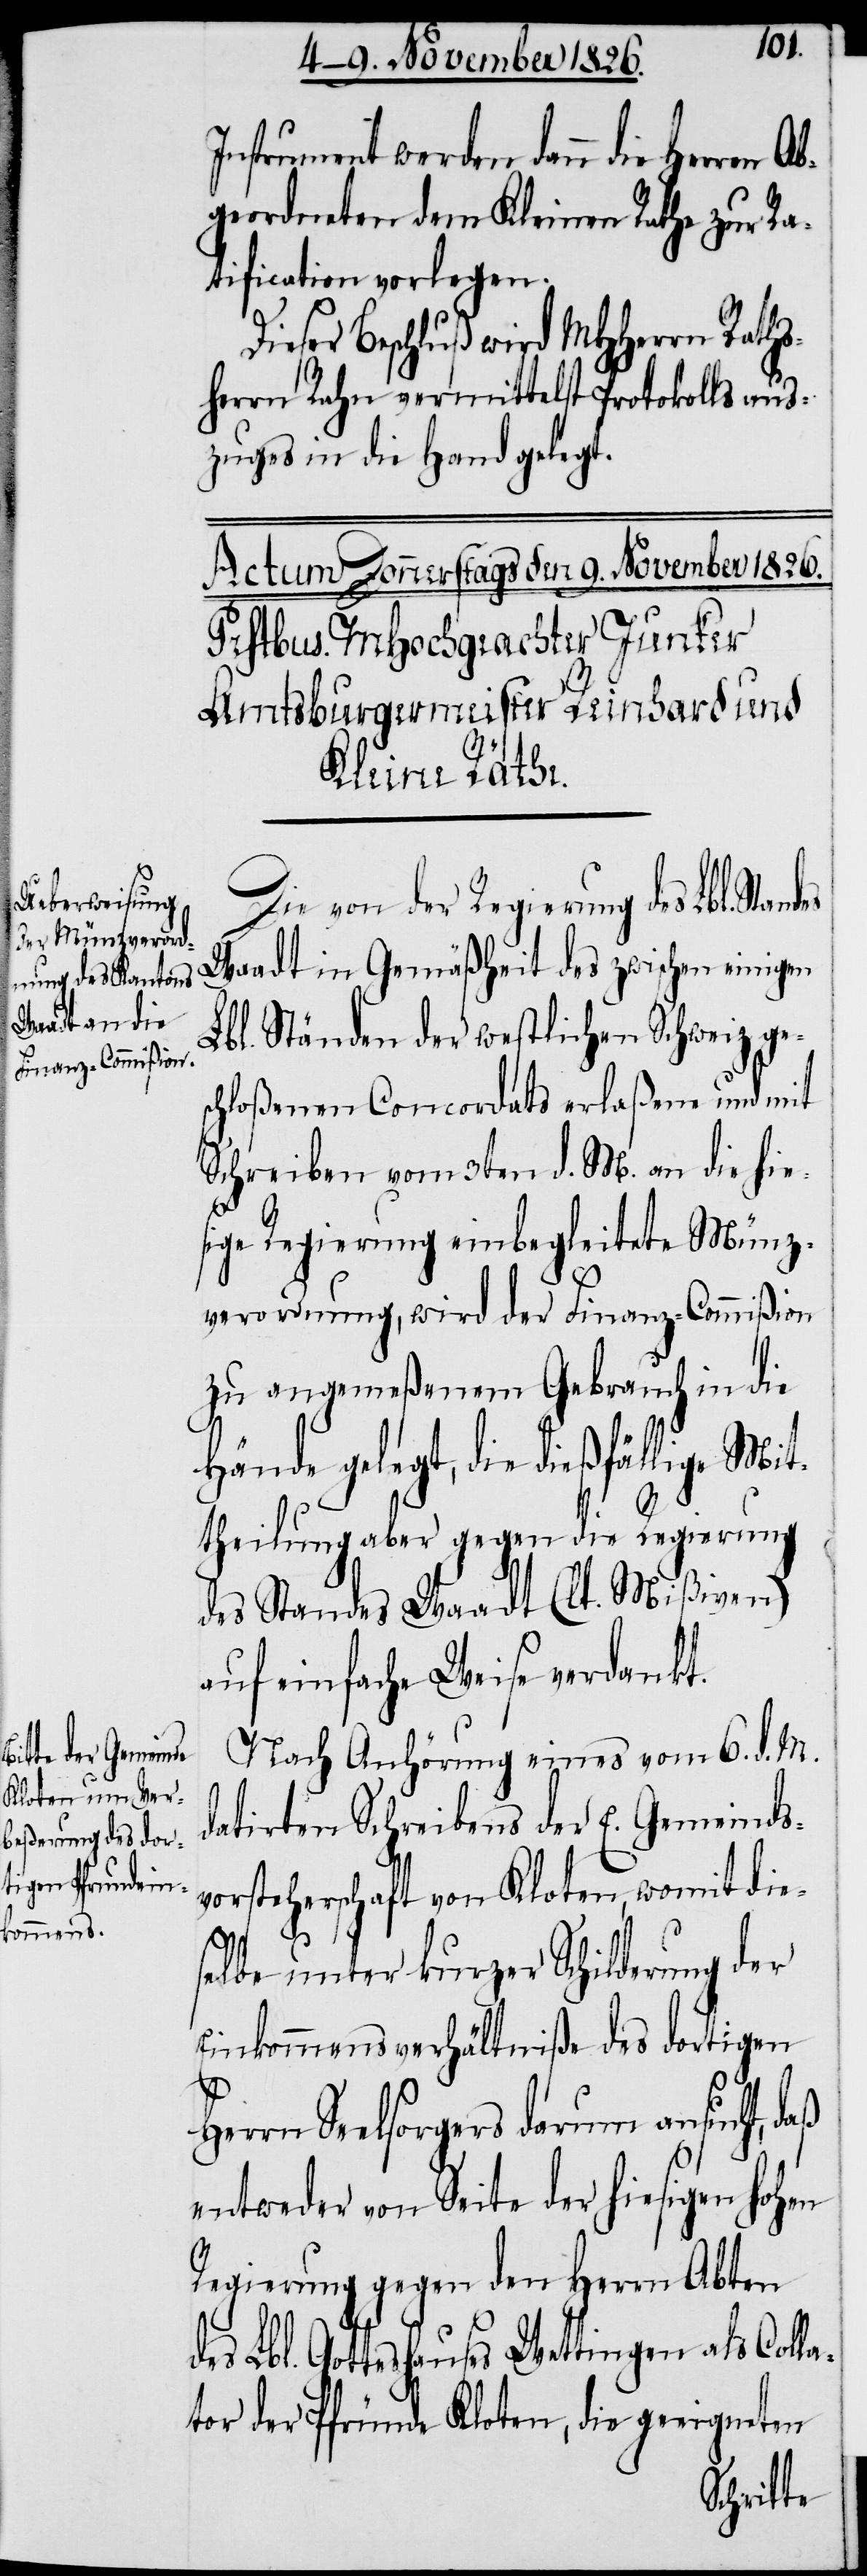
erren Ab¬

s¬
Instrument werden dann die H¬
geordneten dem Kleinen Rathe zur Ra¬
tification vorlegen.
Dieser Beschluß wird MHHerrn Raths¬
herrn Rahn vermittelst Protokollsaus¬
zuges in die Hand gelegt.
Die von der Regierung des Lbl. Stand¬
Waadt in Gemäßheit des zwischen einigen
Lbl. Ständen der westlichen Schweiz ge¬
chloßenen Concordats erlaßene und mit
Schreiben vom 3ten d. M. an die hie¬
sige Regierung einbegleitete Münz¬
verordnung, wird der Finanz-Commißion
zu angemeßenem Gebrauch in die
Hände gelegt, die dießfällige Mit¬
theilung aber gegen die Regierung
des Standes Waadt (lt. Mißiven)
auf einfache Weise verdankt.
Nach Anhörung eines vom 6. d. M.
datirten Schreibens der E. Gemeinds¬
vorsteherschaft von Kloten, womit die¬
selbe unter kurzer Schilderung der
Einkommensverhältniße des dortigen
Seelsorgers darum ansucht, daß
entweder von Seite der hiesigen hohen
Regierung gegen den Herrn Abten
des Lbl. Gotteshauses Wettingen als Colla¬
tor der Pfründe Kloten, die geeigneten